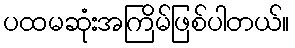
ပထမဆုံးအကြိမ်ဖြစ်ပါတယ်။